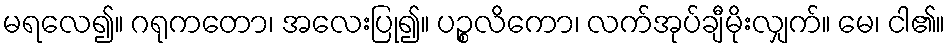
မရလေ၍။ ဂရုကတော၊ အလေးပြု၍။ ပဉ္စလိကော၊ လက်အုပ်ချီမိုးလျှက်။ မေ၊ ငါ၏။